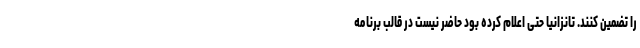
را تضمین کنند. تانزانیا حتی اعلام کرده بود حاضر نیست در قالب برنامه